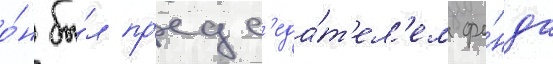
о́н бы́л пр'едс'еда́т'ел'ем фо́нда